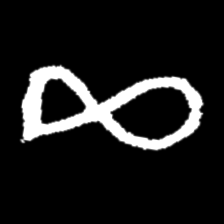
Pyu character \u2014 Myanmar letter: ဆ (romanized: cha)